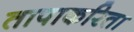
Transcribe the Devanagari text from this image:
तापाकरिता